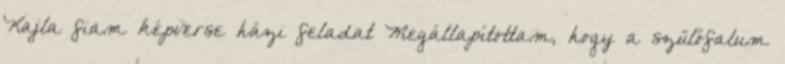
Kajla fiam képverse házi feladat Megállapítottam, hogy a szülőfalum